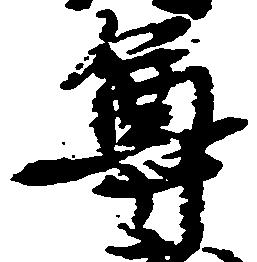
尊